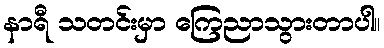
နာရီ သတင်းမှာ ကြေညာသွားတာပါ။